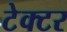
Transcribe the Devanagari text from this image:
टेक्टर